Vital statistics of India. Vol. IV, Annual returns from 1871 to 1876. British Army of India, Native Army and jails of Bengal
Year: 1871
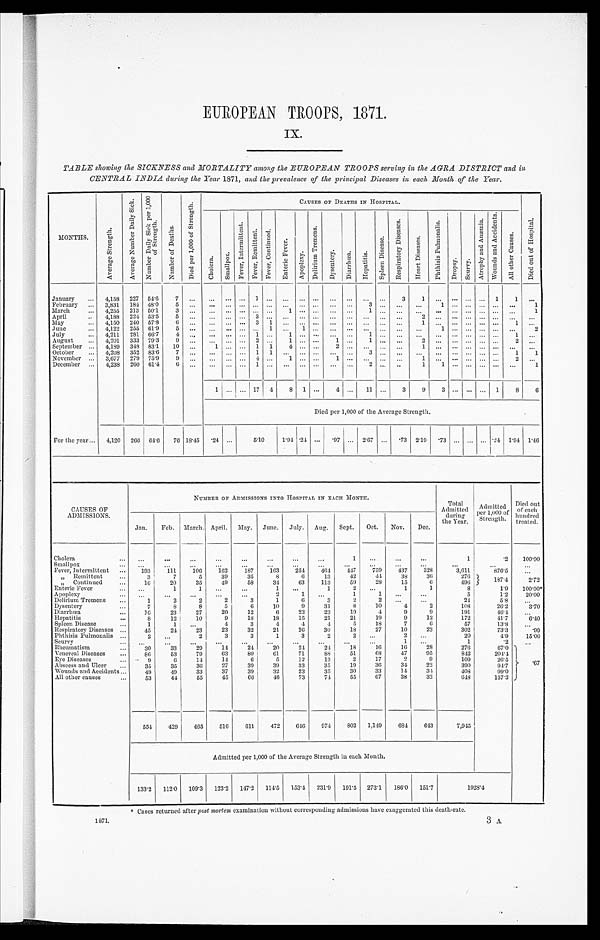
1871.
3 A
EUROPEAN TROOPS, 1871.
IX.
TABLE showing the SICKNESS and MORTALITY among the EUROPEAN TROOPS serving in the AGRA DISTRICT and in
CENTRAL INDIA. during the Year 1871, and the prevalence of the principal Diseases in each Month of the Year.
MONTHS.
A v e r a g e S t r e n g t h .
A v e r a g e N u m b e r D a i l y S i c k .
N u m b e r D a i l y S i c k p e r 1 , 0 0 0 o f S t r e n g t h .
N u m b e r o f D e a t h s .
D i e d p e r 1 , 0 0 0 o f S t r e n g t h
CAUSES OF DEATHS IN HOSPITAL.
D i e d o u t o f H o s p i t a l .
C h o l e r a . S m a l l p o x .
F e v e r , I n t e r m i t t e n t .
F e v e r , R e m i t t e n t .
F e v e r , C o n t i n u e d .
E n t e r i c F e v e r .
A p o p l e x y .
D e l i r i u m T r e m e n s .
Dysentery.
D i a r r h œ a .
H e p a t i t i s .
S p l e e n D i s e a s e
R e s p i r a t o r y D i s e a s e s .
H e a r t D i s e a s e s .
P h t h i s i s p u l m o n a l i s .
D r o p s y .
S c u r y .
A t r o p h y a n d A n æ m i a .
W o u n d s a n d A c c i d e n t s .
A l l o t h e r C a u s e s .
January
...
4,158 227 54.6
7
. . .
...
. . . ...
1
. . . ... ...
. . .
...
. . . ...
. . .
3
1
...
. . .
. . . . . .
1
1
. . .
February ... 3,831 184 48.0
5
. . . ... ... ... ... ... ... ... ...
...
. . . 3
. . .
...
. . . 1
. . . . . .
. . . ...
...
1
March
...
4,255 213 50.1
3 ...
... ... ... ...
. . .
1 ...
. . . ... ...
1
. . .
...
. . .
. . .
. . .
. . .
. . .
. . .
. . .
1
April
..
4,188 224 53.5
5
. . .
...
. . . ...
3
. . .
...
...
. . . ...
. . . ...
. . .
...
2 ...
. . .
. . . . . .
. . .
. . .
. . .
May
...
4,150 240 57.8
6
. . .
...
. . . ...
3
1 ...
...
. . . ...
. . . ...
. . . ...
1 ... ... ... ... ...
1
...
June
4,122 255 61.9
5
. . .
...
. . . ...
. . .
1 ...
1
. . . ...
. . .
. . . ... ...
...
1
. . . ... ...
. . . . . .
2
July
... 4,211 281 66.7
4
. . . ... ... ... 1 ... 1
...
. . . ...
. . . 1
. . . ...
... ... ... ... ... ...
1
. . .
August
...
4,201 333 79.3
9
. . .
...
. . . ...
2
. . .
1
...
. . .
1 ...
1
. . . ...
2
...
. . .
. . . . . .
. . .
2
. . .
September ...
4,189 348 83.1
10
. . .
1 ... ... 1 1 4
...
. . .
2
. . . ...
. . .
. . .
1
. . .
. . .
. . .
. . .
. . . ...
. . .
October
... 4,208 352 83.6
7
. . .
...
... ...
1 1 ... ... ...
... ...
3 ...
...
...
... ... ... ... ...
1
1
November ...
3,677 279 75.9
9
. . .
...
. . . ...
4
. . . 1 ...
. . . 1
. . . ...
. . . ...
1
...
. . .
. . . . . .
. . .
2
. . .
December ...
4,238 260 61.4
6
. . .
...
. . . ...
1
. . . ... ...
. . . ...
. . .
2
. . .
...
1
1
. . .
. . . . . .
. . .
. . .
1
1
. . . ... 17 4
8 1 ...
4 ...
11
. . . 3
9
3
. . .
. . . . . . 1
8
6
Died per 1,000 of the Average Strength.
For the year ... 4,120 266 64.6
76 18.45
. 24 ...
5.10
1.94 .24 ...
. 9 7 ... 2.67 ...
.73 2.19
.73 ... ... ... .24 1.94
1.46
CAUSES OF
ADMISSIONS.
NUMBER OF ADMISSIONS INTO HOSPITAL IN EACH MONTH.
Total
Admitted
during
the Year.
Admitted
per 1,000
o f S t r e n g t h .
Died
o u t o f e a c h h u n d r e d t r e a t e d .
Jan.
Feb. March. April. May. June. July. Aug.
Sept.
Oct.
Nov.
Dec.
Cholera
...
...
...
...
...
...
...
...
1
. . .
...
...
1
. 2
1 0 0 . 0 0
Smallpox
...
. . .
. . .
...
...
...
...
...
...
...
...
...
...
...
. . .
. . .
Fever, Intermittent ...
193
111
106
162
187
163
254
464
447
759
437
328
3,611
876.5
. . .
„ Remittent
...
3
7
5
39
35
8
6
13
42
44
38
36
276
1 8 7 . 4
2.72
„ Continued
...
16
20
35
49
58
34
63
113
59
28
15
6
496
Enteric Fever
...
. . .
1
1
...
...
1
. . .
1
2
. . .
1
1
8
1.9
100.00*
Apoplexy
...
. . .
. . .
. . .
...
...
2
1
. . .
1
1
. . .
. . .
5
1.2
20.00
Delirium Tremens
...
1
2
2
2
3
1
6
3
2
2
. . . ...
24
5.8
. . .
Dysentery
...
7
8
8
5
6
10
9
31
8
10
4
2
108
26.2
3.70
Diarrhœa ...
1 6
23
27
20
12
6
23
23
19
4
9
9
191
46.4
. . .
Hepatitis
...
8
12
10
9
18
18
15
21
21
19
9
12
172
41.7
6.40
Spleen Disease
1
1
...
4
3
4
4
4
5
18
7
6
57
13.8
. . .
Respiratory Diseases ...
45
24
23
23
32
21
26
30
18
27
10
23
302
73.3
.99
Phthisis Pulmonalis ...
2
...
2
3
3
1
3
2
2
...
2
. . .
20
4.9
15.00
Scurvy
. . .
. . .
. . .
. . .
. . .
. . .
. . .
. . .
. . . ...
1
. . .
1
. 2
. . .
Rheumatism
...
30
33
29
14
24
20
24
24
18
1 6
16
28
276
67.0 .67
Venereal Diseases
...
86
53
79
63
80
6 1
71
88
51
68
47
95
842
204.4
Eye Diseases
9
6
14
14
6
5
12
13
2
17
2
9
109
26.5
Abscess and Ulcer
...
35
35
36
27
39
39
33
35
19
36
34
22
390
9 4 . 7
Wounds and Accidents ...
49
49
33
37
39
32
23
35
30
33
14
34
408
99.0
All other causes...
53
44
55
45
66
46
73
74
55
67
38
32
648
157.3
554
429
465
516
611
472
646
974
802
1,149
684
643
7,945
Admitted per 1,000 of the Average Strength in each Month.
133.2
112.0 109.3
123.2
147.2
114.5
153.4 231.9
191.5 273.1
186.0 151.7
1928.4
*Cases returned after post mortem examination without corresponding admissions have exaggerated this death-rate.